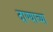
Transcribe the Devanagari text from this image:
दाण्याच्या